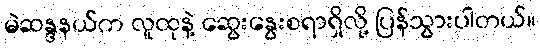
မဲဆန္ဒနယ်က လူထုနဲ့ ဆွေးနွေးစရာရှိလို့ ပြန်သွားပါတယ်။